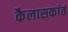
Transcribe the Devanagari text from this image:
कैलासकांतं